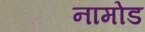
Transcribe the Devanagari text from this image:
नामोड